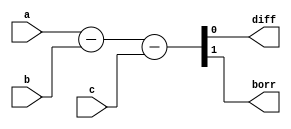
`timescale 1ns / 1ps
//////////////////////////////////////////////////////////////////////////////////
// Company: 
// Engineer: 
// 
// Design Name: 
// Module Name: FS_dataflow
// Project Name: 
// Target Devices: 
// Tool Versions: 
// Description: 
// 
// Dependencies: 
// 
// Revision:
// Revision 0.01 - File Created
// Additional Comments:
// 
//////////////////////////////////////////////////////////////////////////////////


module FS_dataflow(
    input a,
    input b,
    input c,
    output diff,
    output borr
    );
    //assign diff = a^b^c;
    //assign borr = ((~a)&b) | ((~a)&c) | (b&c);
    assign {borr, diff} = a-b-c;
endmodule